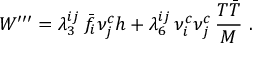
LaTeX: W ^ { \prime \prime \prime } = \lambda _ { 3 } ^ { i j } \, \bar { f } _ { i } \nu _ { j } ^ { c } h + \lambda _ { 6 } ^ { i j } \, \nu _ { i } ^ { c } \nu _ { j } ^ { c } \, { \frac { T \bar { T } } { M } } \ .